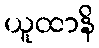
ယူထာနိ